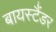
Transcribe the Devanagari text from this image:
बायस्टैंडर